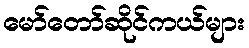
မော်တော်ဆိုင်ကယ်များ